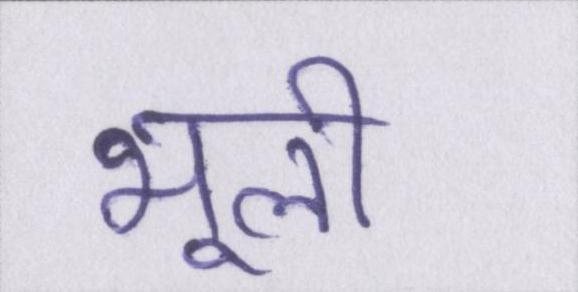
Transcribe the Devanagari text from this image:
भूली